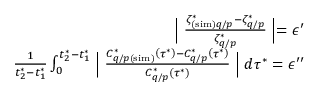
\begin{array} { r } { \Bigm \lvert \frac { \zeta _ { ( \mathrm { s i m } ) q / p } ^ { * } - \zeta _ { q / p } ^ { * } } { \zeta _ { q / p } ^ { * } } \Bigm \rvert = \epsilon ^ { \prime } } \\ { \frac { 1 } { t _ { 2 } ^ { * } - t _ { 1 } ^ { * } } \int _ { 0 } ^ { t _ { 2 } ^ { * } - t _ { 1 } ^ { * } } \Bigm \lvert \frac { C _ { q / p ( \mathrm { s i m } ) } ^ { * } \left( \tau ^ { * } \right) - C _ { q / p } ^ { * } \left( \tau ^ { * } \right) } { C _ { q / p } ^ { * } \left( \tau ^ { * } \right) } \Bigm \rvert d \tau ^ { * } = \epsilon ^ { \prime \prime } } \end{array}